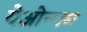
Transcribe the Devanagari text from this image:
येओन्गम